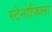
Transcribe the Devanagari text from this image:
स्टेनोफिला